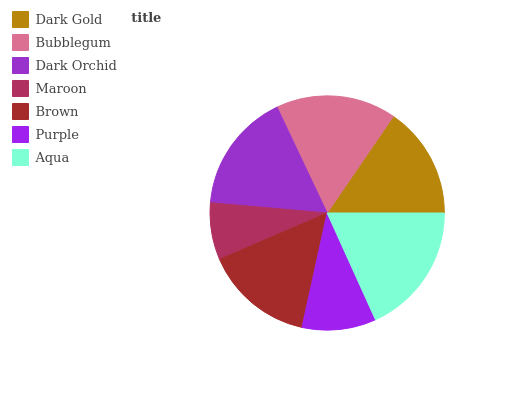
| Dark Gold | Bubblegum | Dark Orchid | Maroon | Brown | Purple | Aqua |
 | --- | --- | --- | --- | --- | --- | --- |
 | 15.4% | 16.5% | 16.5% | 7.88% | 15.1% | 10.2% | 18.3% |